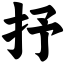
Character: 抒